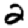
Digit: 2